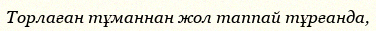
Торлаған тұманнан жол таппай тұрғанда,